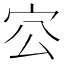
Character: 㝐